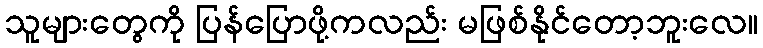
သူများတွေကို ပြန်ပြောဖို့ကလည်း မဖြစ်နိုင်တော့ဘူးလေ။